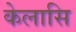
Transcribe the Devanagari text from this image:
केलासि